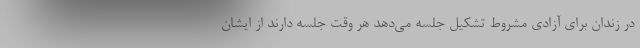
در زندان برای آزادی مشروط تشکیل جلسه می‌دهد هر وقت جلسه دارند از ایشان